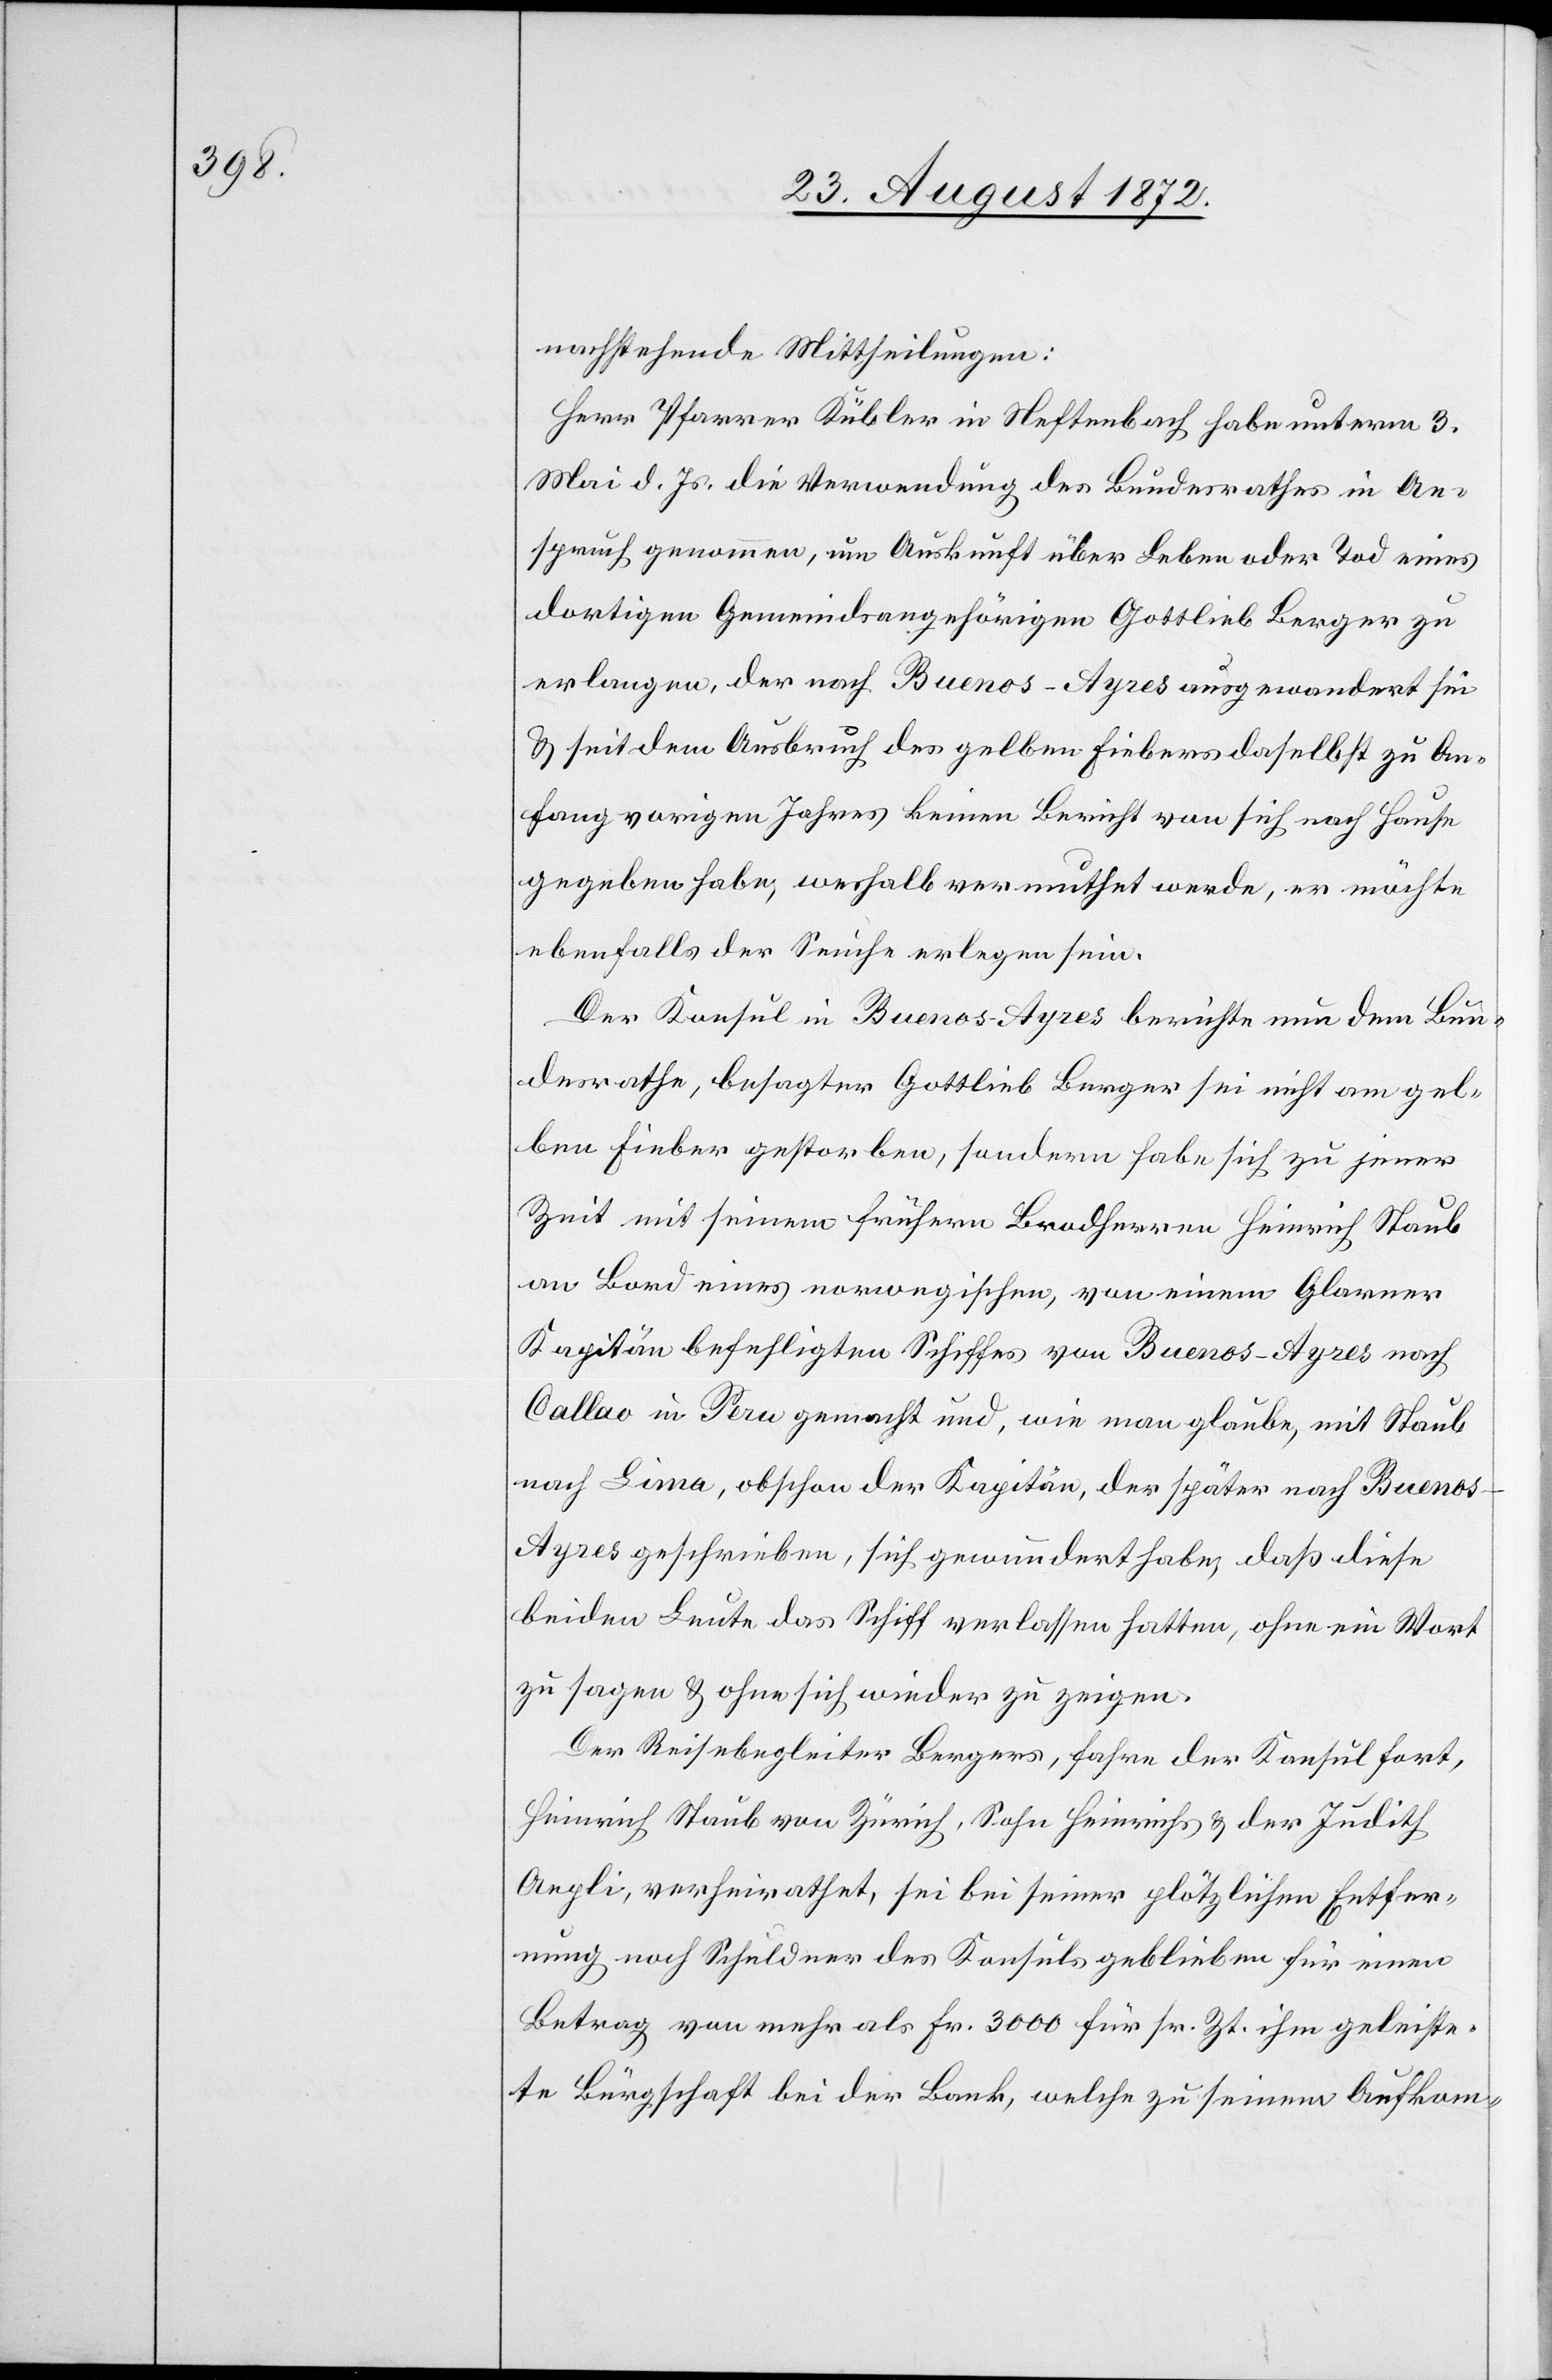
nachstehende Mittheilung:
Herr Pfarrer Kübler in Neftenbach habe unterm 3.
Mai d. Js. die Verwendung des Bundesrathes in An¬
spruch genommen, um Auskunft über Leben oder Tod eines
dortigen Gemeindsangehörigen Gottlieb Berger zu
erlangen, der nach Buenos-Ayres ausgewandert sei
u. seit dem Ausbruch des gelben Fiebers daselbst zu An¬
fang vorigen Jahres keinen Bericht von sich nach Hause
gegeben habe, weshalb vermuthet werde, er möchte
ebenfalls der Seuche erlegen sein.
Der Konsul in Buenos-Ayres berichte nun dem Bun¬
desrathe, besagter Gottlieb Berger sei nicht am gel¬
ben Fieber gestorben, sondern habe sich zu jener
Zeit mit seinem frühern Brodherren Heinrich Staub
an Bord eines norwegischen, von einem Glarner
Kapitän befehligten Schiffes von Buenos-Ayres noch
Callao in Peru gemacht und, wie man glaube, mit Staub
nach Lima, obschon der Kapitän, der später nach Bueno¬
s-Ayres geschrieben, sich gewundert habe, daß diese
beiden Leute das Schiff verlassen hatten, ohne ein Wort
zu sagen u. ohne sich wieder zu zeigen.
Der Reisebegleiter Bergers, fahre der Konsul fort,
Heinrich Staub von Zürich, Sohn Heinrichs u. der Judith
Aepli, verheirathet, sei bei seiner plötzlichen Entfer¬
nung noch Schuldner des Konsuls geblieben für einen
Betrag von mehr als Fr. 3000 für sr. Zt. ihm geleiste¬
te Bürgschaft bei der Bank, welche zu seinem Aufkom-